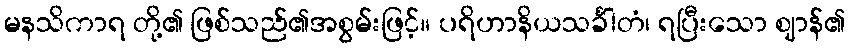
မနသိကာရ တို့၏ ဖြစ်သည်၏အစွမ်းဖြင့်။ ပရိဟာနိယသင်္ခါတံ၊ ရပြီးသော ဈာန်၏